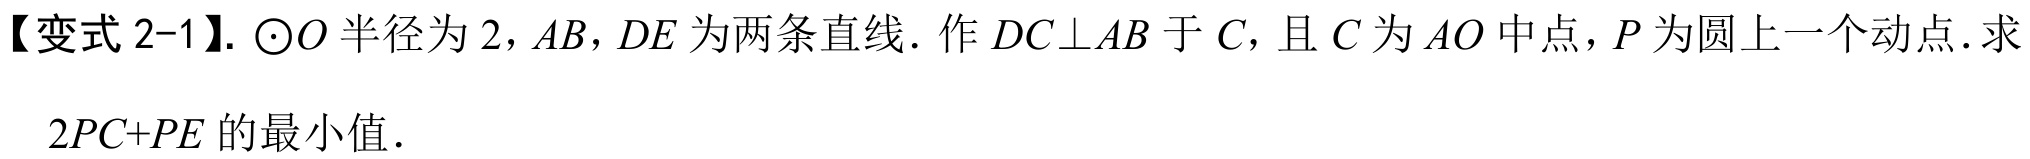
【变式 2-1】.$\odot O$半径为$2$，$AB$，$DE$为两条直线．作$DC\perp AB$于$C$，且$C$为$AO$中点，$P$为圆上一个动点．求
$2PC + PE$的最小值．